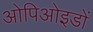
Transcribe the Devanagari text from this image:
ओपिओइडों